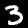
Digit: 3